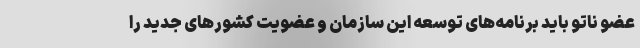
عضو ناتو باید برنامه‌های توسعه این سازمان و عضویت کشورهای جدید را